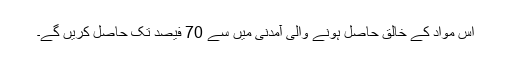
اس مواد کے خالق حاصل ہونے والی آمدنی میں سے 70 فیصد تک حاصل کریں گے۔